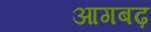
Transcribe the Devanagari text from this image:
आगबढ़